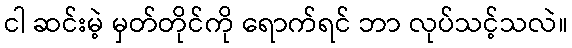
ငါ ဆင်းမဲ့ မှတ်တိုင်ကို ရောက်ရင် ဘာ လုပ်သင့်သလဲ။